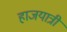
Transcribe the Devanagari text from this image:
हाजयात्री